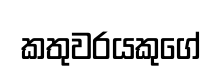
කතුවරයකුගේ